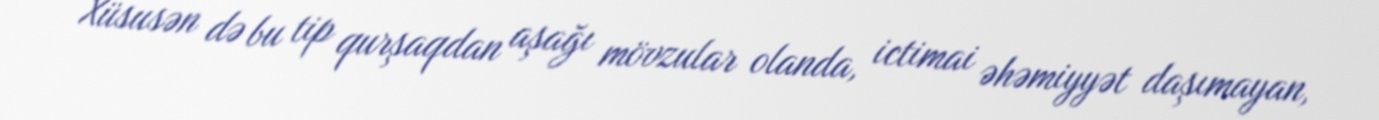
Xüsusən də bu tip qurşaqdan aşağı mövzular olanda, ictimai əhəmiyyət daşımayan,